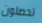
تحصلون